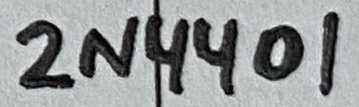
Text: 2N4401